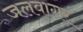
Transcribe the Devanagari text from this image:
जलवागर